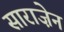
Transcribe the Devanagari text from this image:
साराज़ेन